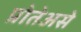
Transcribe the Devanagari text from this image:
प्रोतेअसे